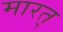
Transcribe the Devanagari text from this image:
मारत्